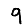
Digit: 9